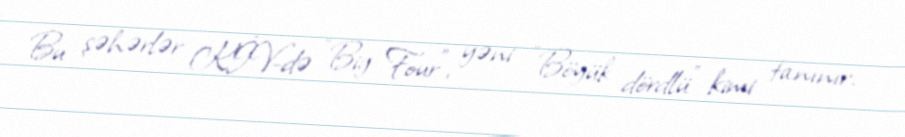
Bu şəhərlər KİV-də "Big Four", yəni "Böyük dördlü" kimi tanınır.